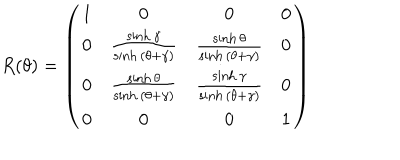
R ( \theta ) = \left( \begin{array} { c c c c } { { 1 } } & { { 0 } } & { { 0 } } & { { 0 } } \\ { { 0 } } & { { \frac { \sinh { \gamma } } { \sinh { ( \theta + \gamma ) } } } } & { { \frac { \sinh { \theta } } { \sinh { ( \theta + \gamma ) } } } } & { { 0 } } \\ { { 0 } } & { { \frac { \sinh { \theta } } { \sinh { ( \theta + \gamma ) } } } } & { { \frac { \sinh { \gamma } } { \sinh { ( \theta + \gamma ) } } } } & { { 0 } } \\ { { 0 } } & { { 0 } } & { { 0 } } & { { 1 } } \\ \end{array} \right)